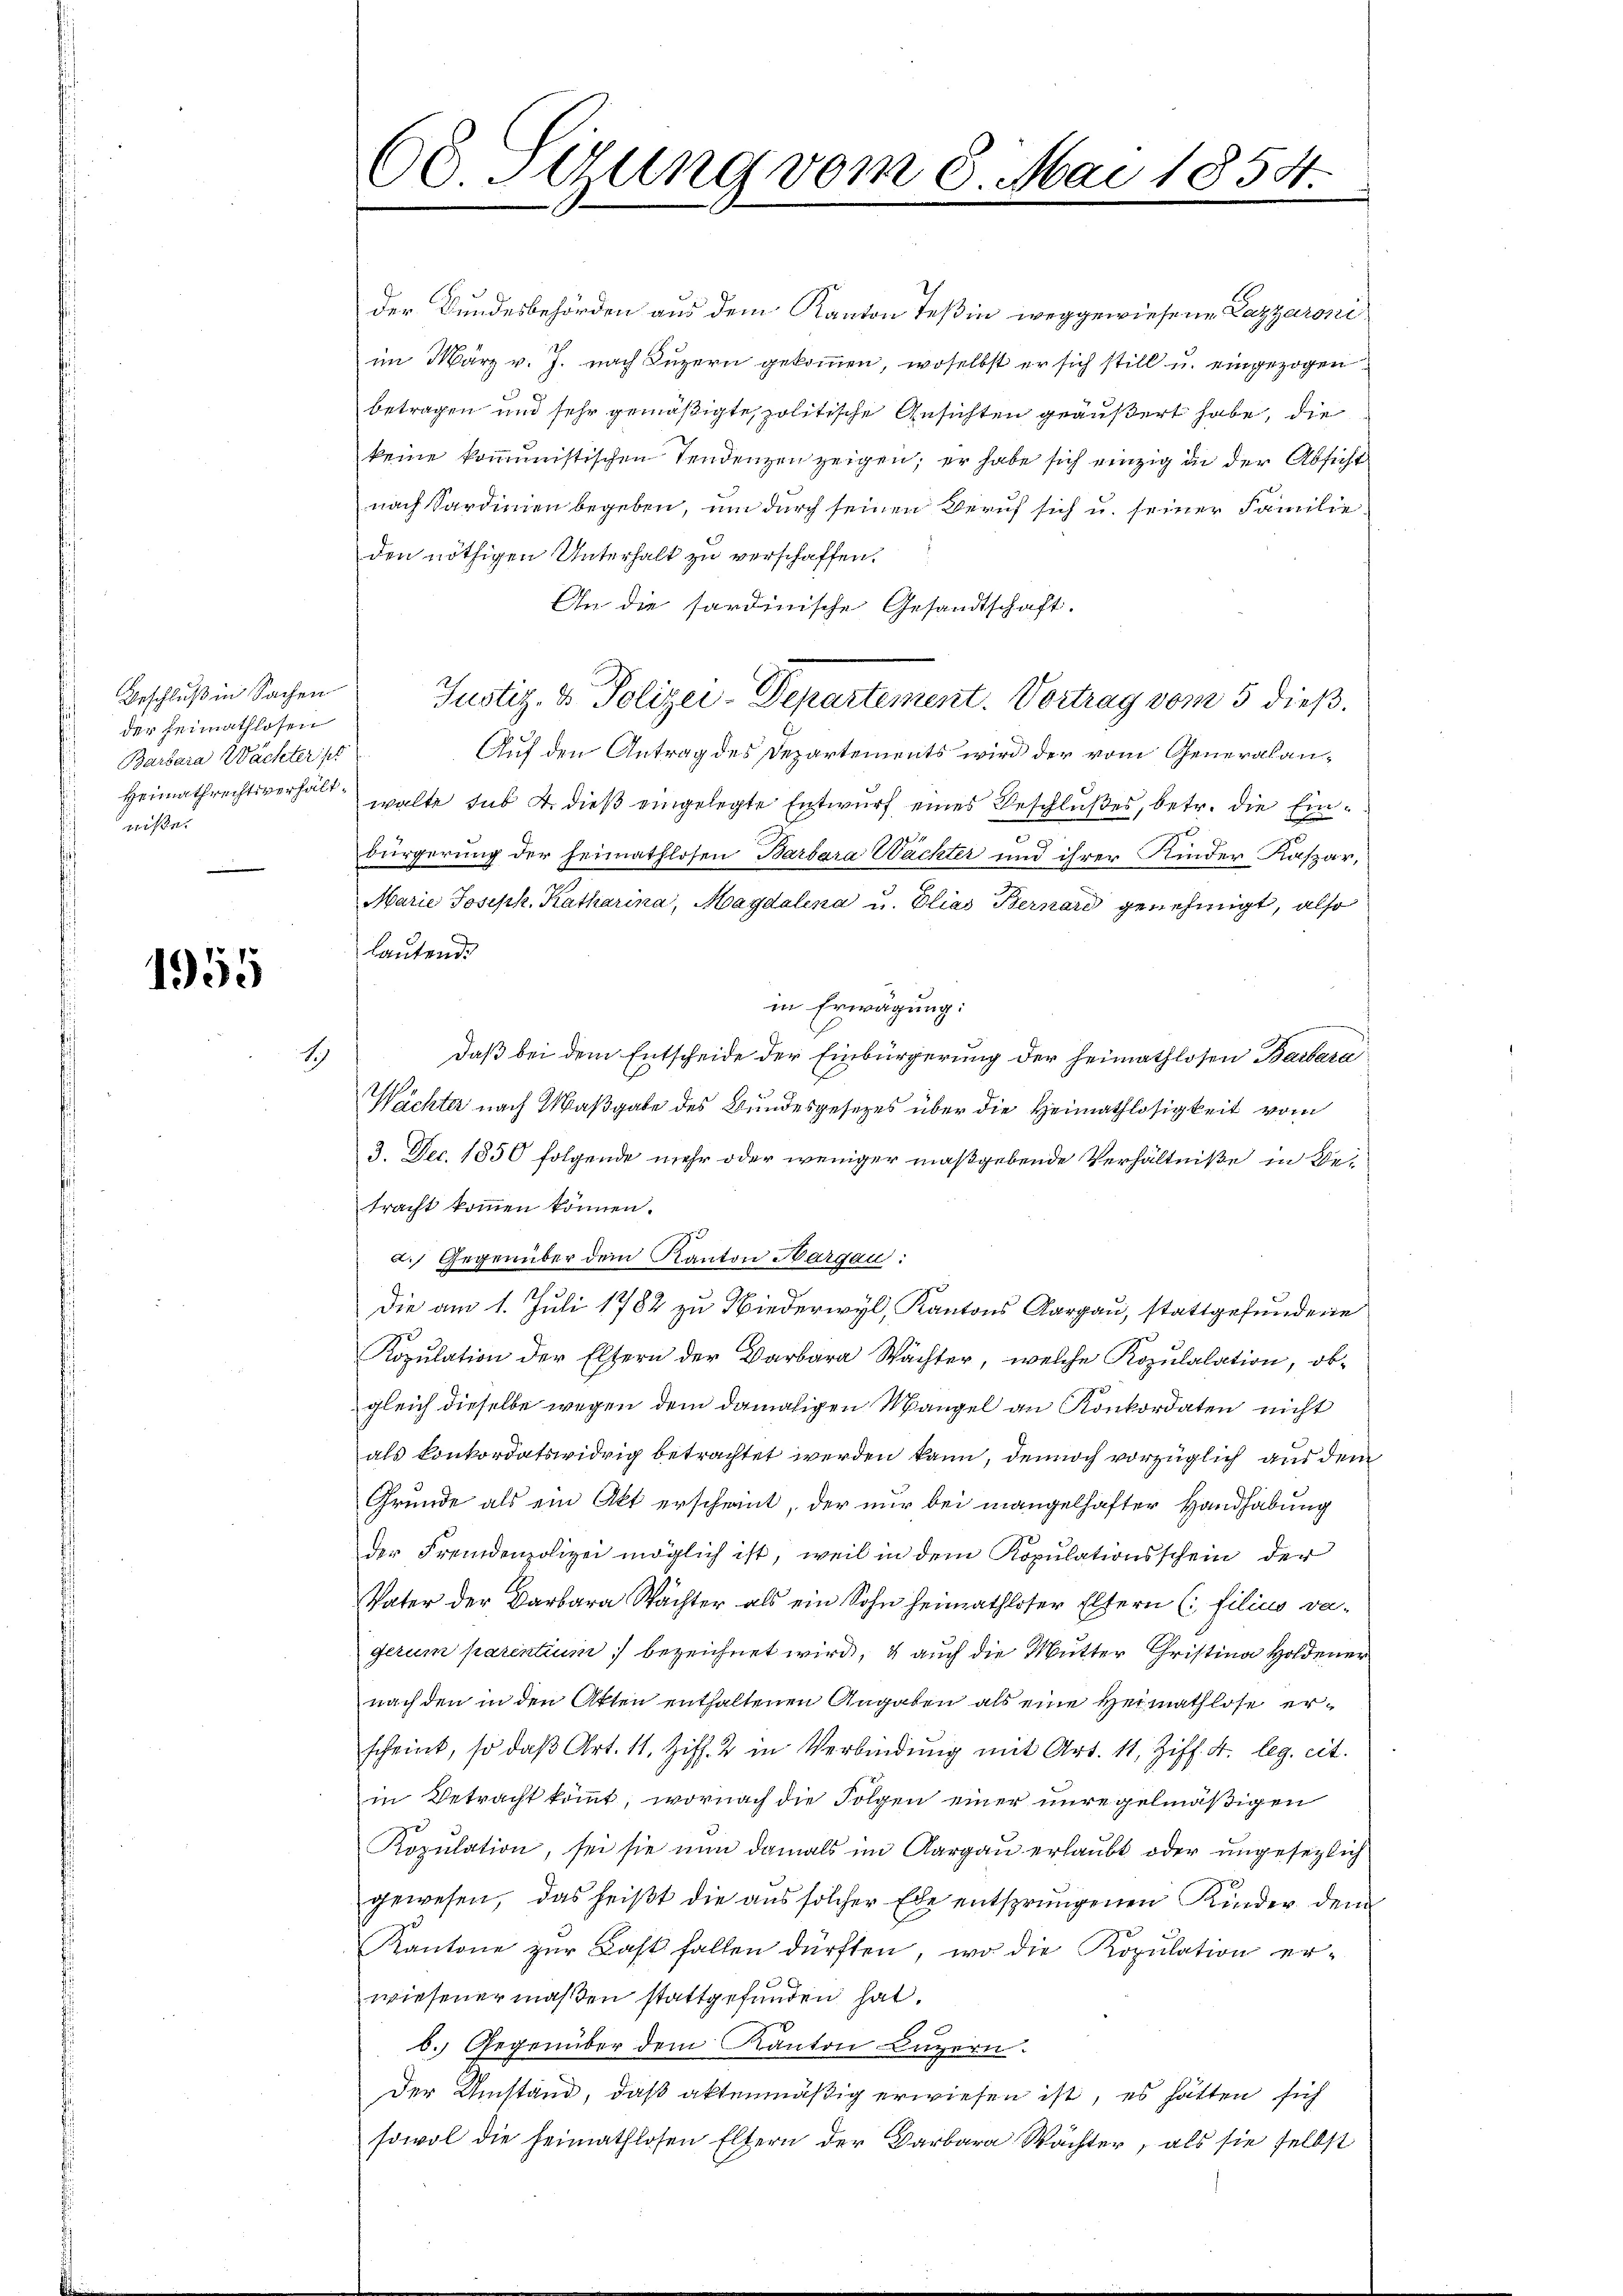
Beschluß in Sachen
der Heimathlosen
Barbara Wächter st
Heimathrechtsverhältniße.

1955

1

60. Setzung vom 8. Mai 1854.

der Bundesbehörden aus dem Kanton Teßin weggewiesene Lagyaroniim März v. J. nach Luzern gekommen, woselbst er sich still u. eingezogen
betragen und sehr gemäßigte politische Ansichten geäußert habe, die
keine kommunistischen Tendenzen zeigen; er habe sich einzig in der Absicht
nach Sardinien begeben, um durch seinen Beruf sich u. seiner Familie
den nöthigen Unterhalt zu verschaffen.
An die sardinische Gesandtschaft.
Auf den Antrag des Departements wird der vom Generalanwalte sub 2. dieß eingelegte Entwurf eines Beschlußes, betr. die Eine
dürgerung der Heimathlosen Barbara Wächter und ihrer Kinder Kaspar,
Marie Joseph. Katharina, Magdalena u. Elias Bernard genehmigt, also
lautende
in Erwägung:
daß bei dem Entscheide der Einbürgerung der heimathlosen Barbara
Wächter nach Maßgabe des Bundesgesezes über die Heimathlosigkeit vom
3. Dec. 1850 folgende mehr oder weniger maßgebende Verhältniße in Betracht kommen können.
a.) Gegenüber dem Kanton Aargau:
3
Die am 1. Juli 1782 zu Niederwyl, Kantons Aargau, stattgefundene
Kopulation der Eltern der Barbara Wächter, welche Kopulalation, obgleich dieselbe wegen dem damaligen Mangel an Konkordaten nicht
als konkordatswidrig betrachtet werden kann, dennoch vorzüglich aus dem
Gründe als ein Akt erscheint, der nur bei mangelhafter Handhabung
der Fremdenpolizei möglich ist, weil in dem Kopulationsschein der
Vater der Barbara Wächter als ein Sohn heimathloser Eltern (: filius va-
gerum parentium bezeichnet wird, & auch die Mutter Christina Holdener
nach den in den Akten enthaltenen Angaben als eine Heimathlose erscheint, so daβ Art. 11. Ziff. 2 in Verbindung mit Art. 11, Ziff. 4. leg. cit.
in Betracht kömmt, wornach die Folgen einer unregelmäßigen
Kopulation, sei sie nun damals im Aargau erlaubt oder ungesetzlich
gewesen, das heißt die aus solcher Ehe entsprungenen Kinder dem
Kantone zŭr Last fallen dürften, wo die Kopulation erwiesener maßen stattgefunden hat.
b. Gegenüber dem Kanton Luzern.
Der Umstand, daß aktenmäßig erwiesen ist, es hätten sich
sowol die heimathlosen Eltern der Barbara Wächter, als sie selbst

Justiz- & Polizei-Departement. Vortrag vom 5 dieß.